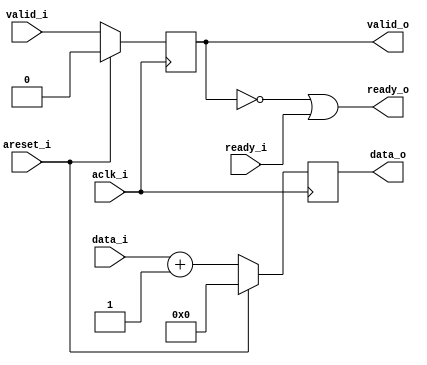
//////////////////////////////////////////////////////////////////////////////////
// Engineer:
// 
// Design Name: 
// Module Name: 
// Description: 
// 
// Dependencies: 
// 
// Revision:
// Revision 0.01 - File Created
// Additional Comments:
// 1

`timescale  1ns/1ps

module axi_module #(
    parameter DWIDTH = 8
)
(
    input                   aclk_i,
    input                   areset_i,

    // down-stream
    input                   ready_i,
    output reg              valid_o,
    output reg [DWIDTH-1:0] data_o,

    // up-stream
    output                  ready_o,
    input                   valid_i,
    input  [DWIDTH-1:0]     data_i   
);

assign ready_o = ~valid_o | ready_i;

always @(posedge aclk_i) begin
    if(areset_i) begin
        valid_o <= 'd0;
        data_o  <= 'd0;
    end
    else begin
        valid_o <= valid_i;
        data_o  <= data_i + 1'b1;
    end
end


endmodule